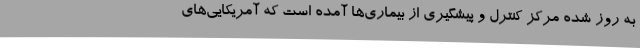
به روز شده مرکز کنترل و پیشگیری از بیماری‌ها آمده است که آمریکایی‌های